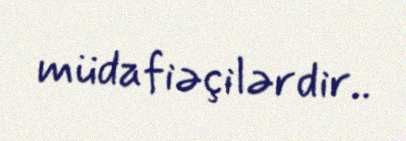
müdafiəçilərdir..